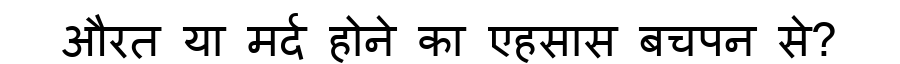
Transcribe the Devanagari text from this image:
औरत या मर्द होने का एहसास बचपन से?